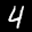
Label: 4